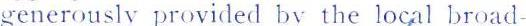
generously provided by the local broad-